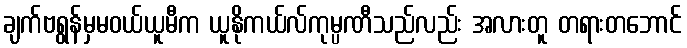
ချက်ဗရွန်မှမဝယ်ယူမီက ယူနိုကယ်လ်ကုမ္ပဏီသည်လည်း အလားတူ တရားတဘောင်